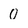
Character: 0